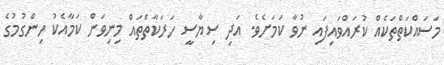
މަސައްކަތްތަކެއް ކުރައްވައިފައި ނުވާ ކަމަށެވެ. އަދި ސިޔާސީ ހަރަކާތްތައް މިނިވަން ކަމާއެކު ހިންގުމުގެ